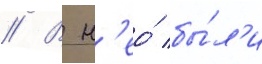
// В н'ео́ бы́л'и